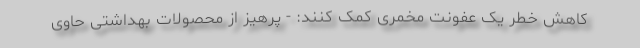
کاهش خطر یک عفونت مخمری کمک کنند: - پرهیز از محصولات بهداشتی حاوی